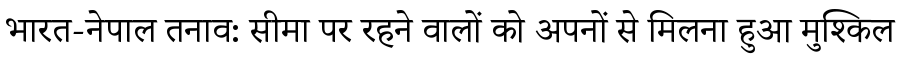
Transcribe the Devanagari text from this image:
भारत-नेपाल तनाव: सीमा पर रहने वालों को अपनों से मिलना हुआ मुश्किल